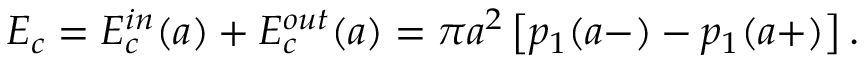
E _ { c } = E _ { c } ^ { i n } ( a ) + E _ { c } ^ { o u t } ( a ) = \pi a ^ { 2 } \left[ p _ { 1 } ( a - ) - p _ { 1 } ( a + ) \right] .